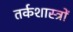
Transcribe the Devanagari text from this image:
तर्कशास्त्रों